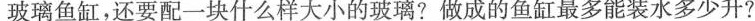
玻璃鱼缸，还要配一块什么样大小的玻璃?做成的鱼缸最多能装水多少升?